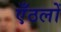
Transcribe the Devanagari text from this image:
एँठलों